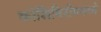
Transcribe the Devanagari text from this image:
कोशिंबिरीममध्ये